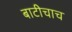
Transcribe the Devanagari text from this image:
बाटीचाच